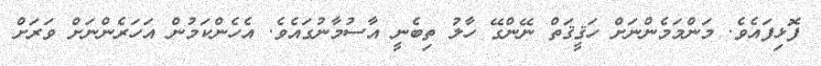
ފޮޅިފައެވެ. މަންމަމެންނަށް ހަޤީޤަތް ނޭންގޭ ހާލު ތިބެނީ އާސުމާނުގައެވެ. އެހެންކަމުން އަހަރެންނަށް ވަރަށް